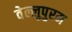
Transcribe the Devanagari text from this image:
वेल्लुपुरम